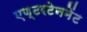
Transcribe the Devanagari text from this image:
एण्टरटेनमेंट